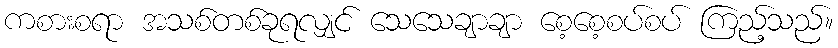
ကစားစရာ အသစ်တစ်ခုရလျှင် သေသေချာချာ စေ့စေ့စပ်စပ် ကြည့်သည်။